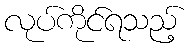
လုပ်ကိုင်ရသည့်